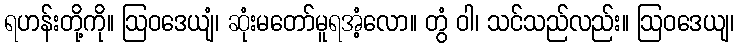
ရဟန်းတို့ကို။ ဩဝဒေယျံ၊ ဆုံးမတော်မူရအံ့လော။ တွံ ဝါ၊ သင်သည်လည်း။ ဩဝဒေယျ၊